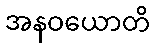
အနဝယောတိ